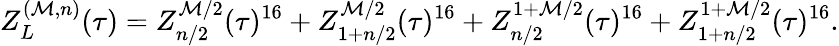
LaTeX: Z_{L}^{(\mathcal{M},n)}(\tau)=Z_{n/2}^{\mathcal{M}/2}(\tau)^{16}+Z_{1+n/2}^{\mathcal{M}/2}(\tau)^{16}+Z_{n/2}^{1+\mathcal{M}/2}(\tau)^{16}+Z_{1+n/2}^{1+\mathcal{M}/2}(\tau)^{16}.